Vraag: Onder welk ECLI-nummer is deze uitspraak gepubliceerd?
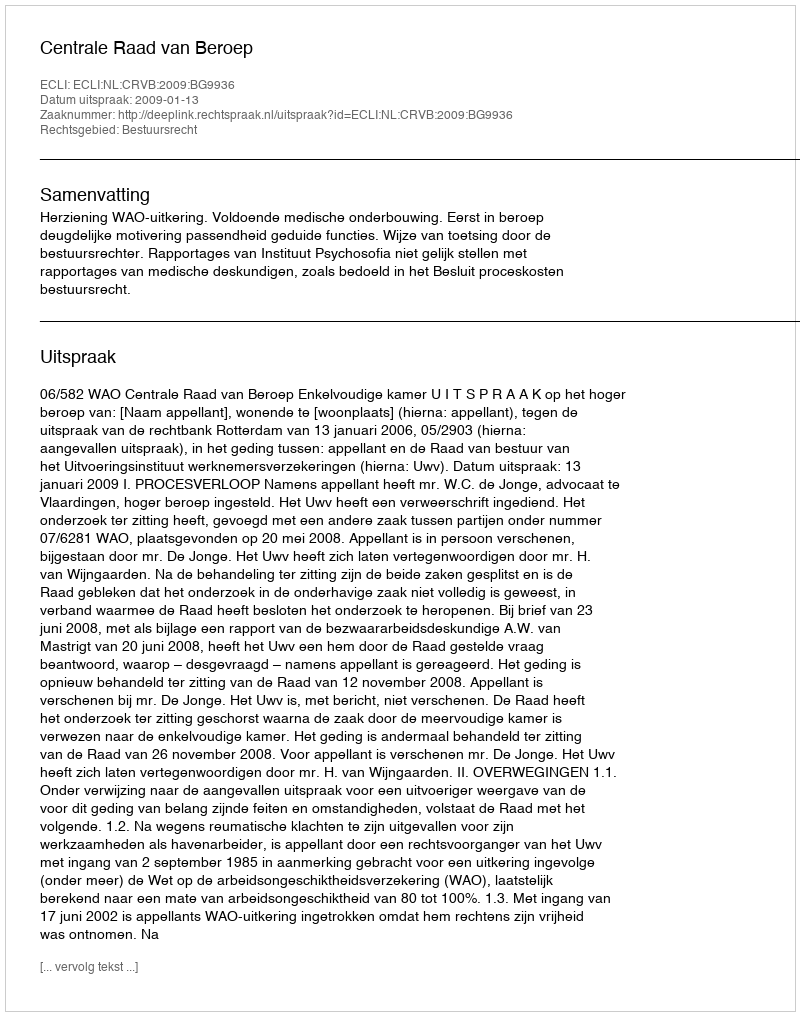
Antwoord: ECLI:NL:CRVB:2009:BG9936